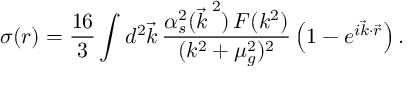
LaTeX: \sigma ( r ) = \frac { 1 6 } { 3 } \int d ^ { 2 } \vec { k } \, \frac { \alpha _ { s } ^ { 2 } ( { \vec { k } \, } ^ { 2 } ) \, { \cal F } ( k ^ { 2 } ) } { ( k ^ { 2 } + \mu _ { g } ^ { 2 } ) ^ { 2 } } \left( 1 - e ^ { i \vec { k } \cdot \vec { r } } \right) .